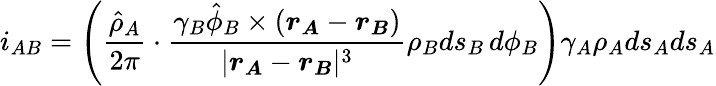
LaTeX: i_{AB}=\Bigg(\frac{\hat{\rho}_{A}}{2\pi}\cdot\frac{\gamma_{B}\hat{\phi}_{B}\times(\boldsymbol{r_{A}}-\boldsymbol{r_{B}})}{|\boldsymbol{r_{A}}-\boldsymbol{r_{B}}|^{3}}\rho_{B}ds_{B}\, d\phi_{B}\Bigg)\gamma_{A}\rho_{A}ds_{A}ds_{A}